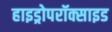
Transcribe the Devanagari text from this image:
हाइड्रोपरॉक्साइड